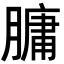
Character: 𦟛